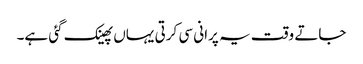
جاتے وقت یہ پرانی سی کرتی یہاں پھینک گئی ہے۔